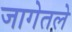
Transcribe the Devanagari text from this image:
जागेतले